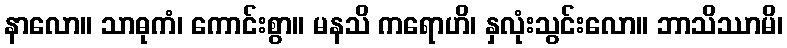
နာလော။ သာဓုကံ၊ ကောင်းစွာ။ မနသိ ကရောဟိ၊ နှလုံးသွင်းလော။ ဘာသိဿာမိ၊